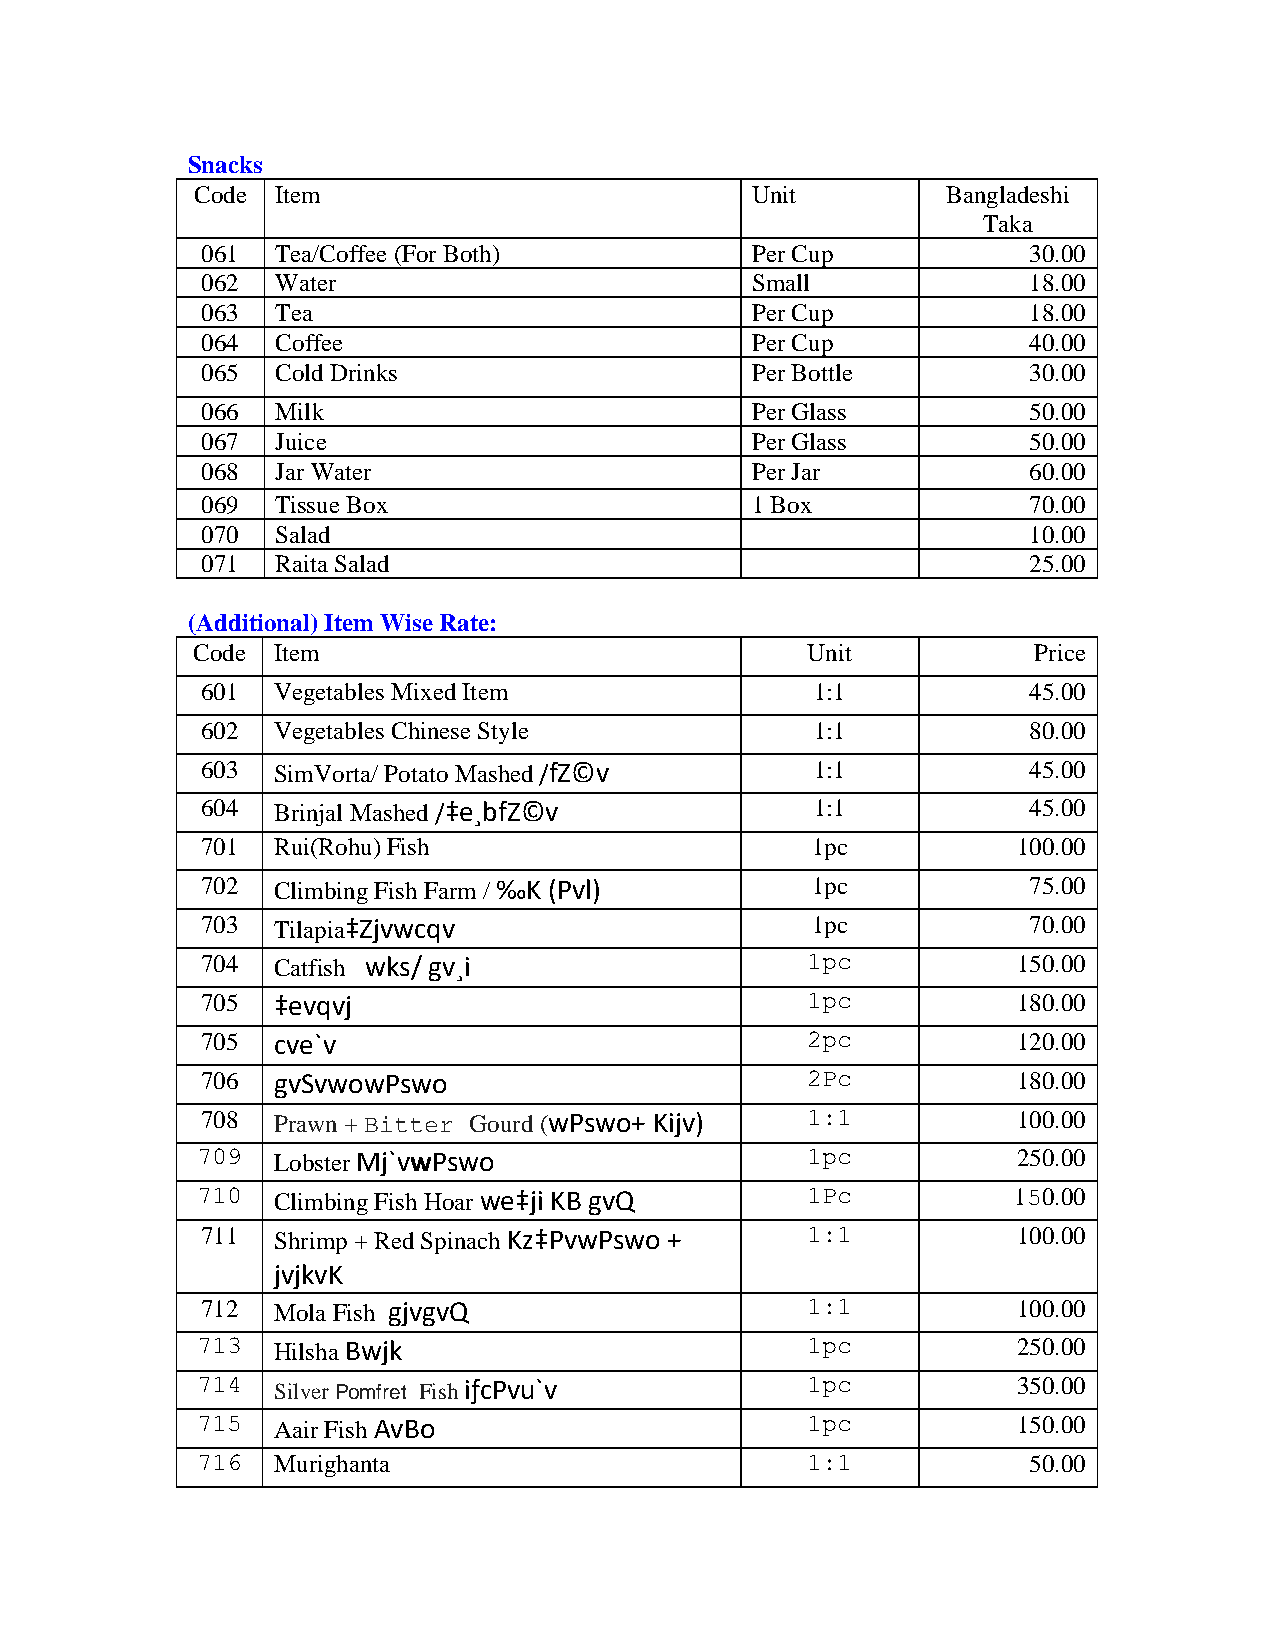
Snacks
 Code Item                            Unit         Bangladeshi
 Taka
 061  Tea/Coffee (For Both)           Per Cup           30.00
 062  Water                           Small             18.00
 063  Tea                             Per Cup           18.00
 064  Coffee                          Per Cup           40.00
 065  Cold Drinks                     Per Bottle        30.00
 066  Milk                            Per Glass         50.00
 067  Juice                           Per Glass         50.00
 068  Jar Water                       Per Jar           60.00
 069  Tissue Box                      1 Box             70.00
 070  Salad                                             10.00
 071  Raita Salad                                       25.00
 (Additional) Item Wise Rate:
 Code Item                               Unit           Price
 601  Vegetables Mixed Item               1:1           45.00
 602  Vegetables Chinese Style            1:1           80.00
 603  SimVorta/ Potato Mashed /fZ©v       1:1           45.00
 604  Brinjal Mashed /‡e¸bfZ©v            1:1           45.00
 701  Rui(Rohu) Fish                      1pc          100.00
 702  Climbing Fish Farm / ‰K (Pvl)       1pc           75.00
 703  Tilapia‡Zjvwcqv                     1pc           70.00
 704  Catfish wks/ gv¸i                  1pc           150.00
 705  ‡evqvj                             1pc           180.00
 705  cve`v                              2pc           120.00
 706  gvSvwowPswo                        2Pc           180.00
 708  Prawn + Bitter Gourd (wPswo+ Kijv) 1:1           100.00
 709  Lobster Mj`vwPswo                  1pc           250.00
 710  Climbing Fish Hoar we‡ji KB gvQ    1Pc           150.00
 711  Shrimp + Red Spinach Kz‡PvwPswo +  1:1           100.00
 jvjkvK
 712  Mola Fish gjvgvQ                   1:1           100.00
 713  Hilsha Bwjk                        1pc           250.00
 714  Silver Pomfret Fish iƒcPvu`v       1pc           350.00
 715  Aair Fish AvBo                     1pc           150.00
 716  Murighanta                         1:1            50.00